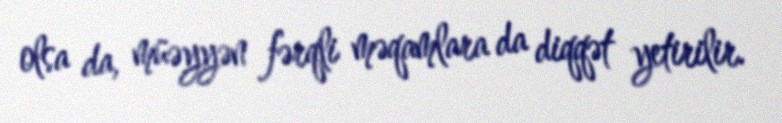
olsa da, müəyyən fərqli məqamlara da diqqət yetirilir.